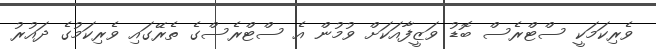
ވެރިކަމަކީ ސްޓްރެސް ބޮޑު ވަޒީފާއަކަށް ވުމުން އެ ސްޓްރެސްގެ ތެރޭގައި ވެރިކަމުގެ ދައުރު